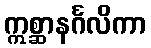
ဣစ္ဆာနင်္ဂလိကာ